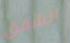
الشفق